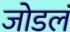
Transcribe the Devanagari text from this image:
जोडलं